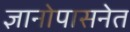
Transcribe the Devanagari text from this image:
ज्ञानोपासनेत